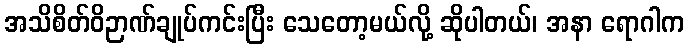
အသိစိတ်ဝိဉာဏ်ချုပ်ကင်းပြီး သေတော့မယ်လို့ ဆိုပါတယ်၊ အနာ ရောဂါက